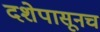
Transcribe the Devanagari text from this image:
दशेपासूनच